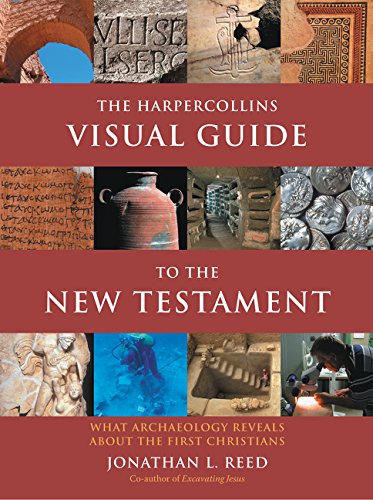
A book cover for The HarperCollins Visual Guide to the New Testament: What Archaeology Reveals about the First Christians; Jonathan L. Reed; Christian Books & Bibles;